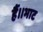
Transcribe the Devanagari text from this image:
हैं।।भाट